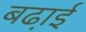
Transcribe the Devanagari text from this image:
बढा़ई